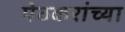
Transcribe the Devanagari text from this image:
पेठकरांच्या